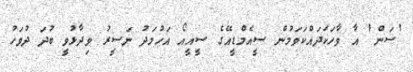
'ސަން' އާ ވާހަކަދައްކަވަމުން ސީއެމްޑީއޭގެ ސީއީއޯ އަހުމަދު ނަސީރު ވިދާޅުވީ ބުދަ ދުވަހު